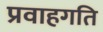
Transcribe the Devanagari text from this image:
प्रवाहगति